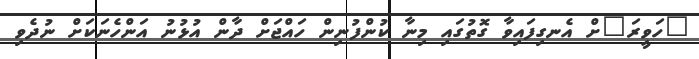
"ހަވީރަ"ށް އެނގިފައިވާ ގޮތުގައި މިނާ ކުންފުނިން ހައްޖަށް ދާން އުޅުނު އަންހެނަކަށް ނުދެވި